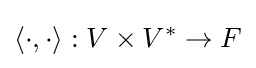
\langle \cdot ,\cdot \rangle :V\times V^{*}\to F